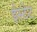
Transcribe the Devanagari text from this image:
ईस्टेट